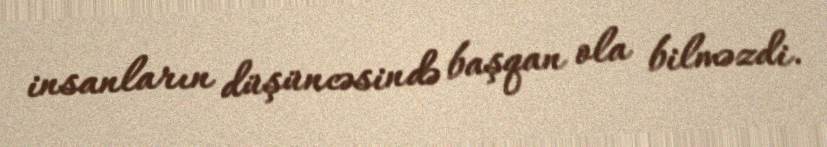
insanların düşüncəsində başqan ola bilməzdi.